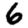
Digit: 6